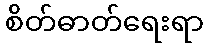
စိတ်ဓာတ်ရေးရာ